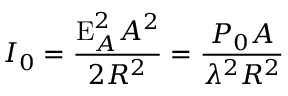
I _ { 0 } = { \frac { \mathrm { E } _ { A } ^ { 2 } A ^ { 2 } } { 2 R ^ { 2 } } } = { \frac { P _ { 0 } A } { \lambda ^ { 2 } R ^ { 2 } } }